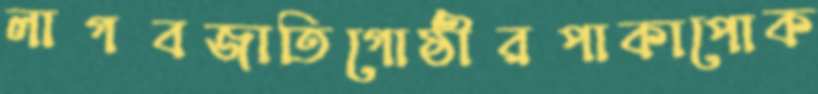
লাগবজাতিগোষ্ঠীরপাকাপোক